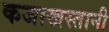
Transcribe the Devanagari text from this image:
कजाखस्तानी